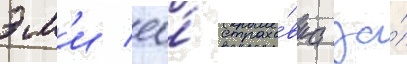
эм'и ео́ страхо́вка за́